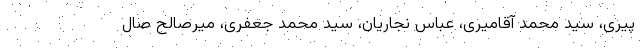
پیری، سید محمد آقامیری، عباس نجاریان، سید محمد جعفری، میرصالح صال